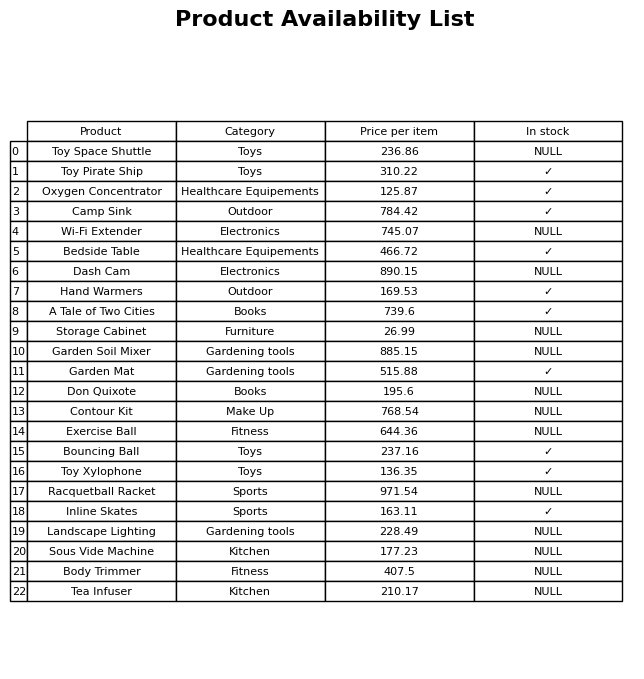
question: What is the price for Dash Cam?
answer: The price of Dash Cam is 890.15.